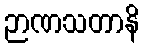
ဉာဏသတာနိ